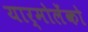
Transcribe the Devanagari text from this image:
यार्मोलेंको